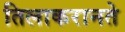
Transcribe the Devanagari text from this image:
तिलाकरानते